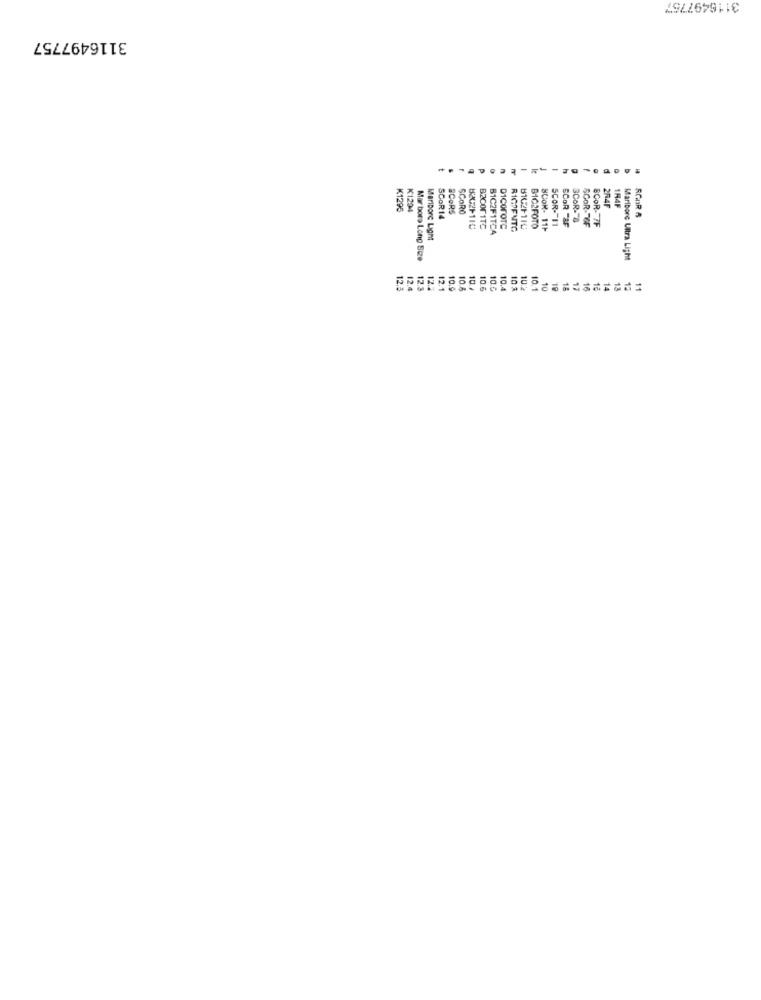
3116497757
3116497757
-
-
d
K1295
K1294
SCORS
SCORO
2R4F
1R4F
SCOR14
SCOR -- 11
6202F110
BECOFITS
81C2F1TCA
D1CorOTC
RIGPENTC
8102F110
B102FOTO
SCOR- 111
SCOR T&F
SCOR -- 6F
SCOR- 7F
Maribore Light
Mar boro Long Size
Mariborc Ultra Light
12.3
12.4
12.3
12.4
12.1
10.9
10.A
10.
10.6
10.6
10.4
103
10.2
10.1
10
18
17
16
14
13
12
11